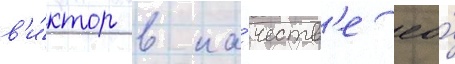
в'и́ктор в ка́честв'е ео́